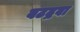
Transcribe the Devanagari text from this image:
बटद्रवा